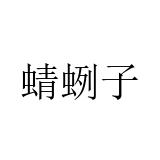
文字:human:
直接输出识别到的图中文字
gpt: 蜻蛚子